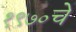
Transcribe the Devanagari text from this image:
१९७०चे